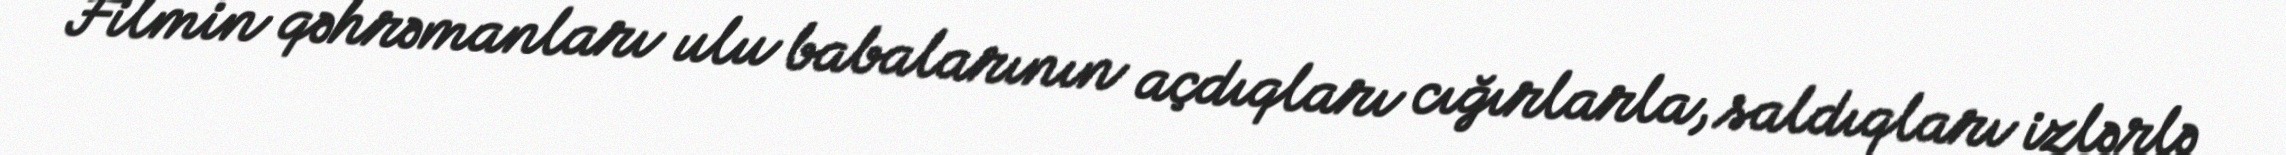
Filmin qəhrəmanları ulu babalarının açdıqları cığırlarla, saldıqları izlərlə